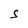
Character: S